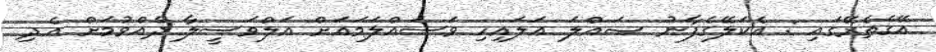
އޭގެތެރޭގައި : އެކަލޭގެފާނު ޞައްލަ ޢަލައިހި ވަސައްލަމައަށް އަލްވަސީލާ ދެއްވުމަށް އެދި